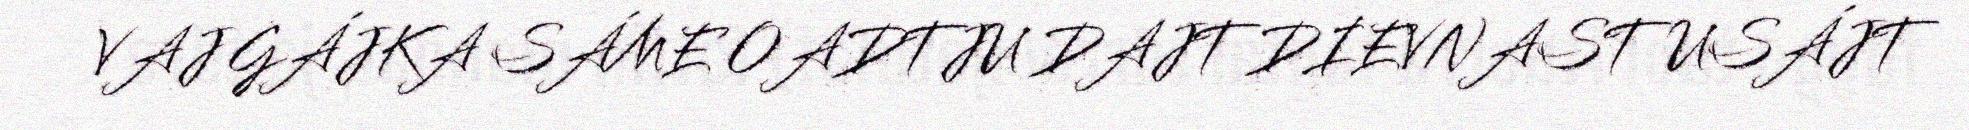
VAJ GÁJKA SÁME OADTJU DAJT DIEVNASTUSÁJT